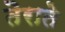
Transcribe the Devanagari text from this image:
तैराते